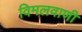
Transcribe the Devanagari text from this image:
विमलवाणी